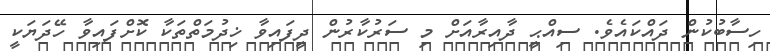
ހިސާބުކުން ދައްކައެވެ. ސިއްޙީ ދާއިރާއަށް މި ސަރުކާރުން ދީފައިވާ ޚިދުމަތްތަކާ ކޮށްފައިވާ ހޭދަޔަކީ